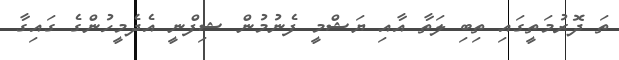
ތަ ދޮރުމަތީގައި ތިބި ލަތާ އާއި ޔަޝްމީ ފެނުމުން ޝިފްނީ އެދެމީހުންގެ ގައިގާ